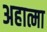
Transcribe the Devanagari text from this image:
अहात्मा